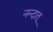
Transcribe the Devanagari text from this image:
नन्दात्